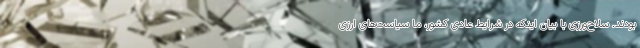
بودند. سلاح‌ورزی با بیان اینکه در شرایط عادی کشور، ما سیاست‌های ارزی‌